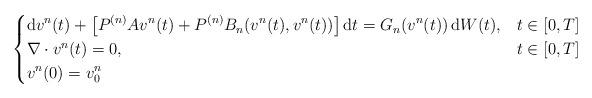
LaTeX: \begin{align*}\begin{cases}\displaystyle {\rm d}v^n(t)+\left[P^{(n)}A v^n(t)+P^{(n)}B_n(v^n(t),v^n(t)) \right]{\rm d}t =G_n(v^n(t))\,{\rm d} W(t),&t \in [0,T] \\ \nabla \cdot v^n(t)=0, &t \in [0,T] \\\displaystyle v^n(0)=v^n_0 &\end{cases}\end{align*}